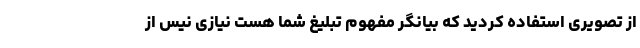
از تصویری استفاده کردید که بیانگر مفهوم تبلیغ شما هست نیازی نیس از